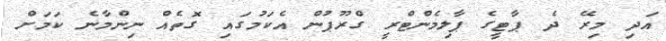
އަދި މިރޭ ދެ ޕާޓީގެ ޕާލިމެންޓްރީ ގްރޫޕުން އެކަމުގައި ގޮތެއް ނިންމާނެ ކަމަށް